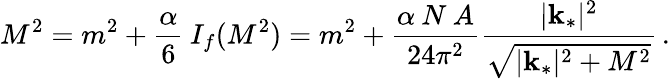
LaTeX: M^{2}=m^{2}+\frac{\alpha}{6}\: I_{f}(M^{2})=m^{2}+\frac{\alpha\: N\: A}{24\pi^{2}}\frac{|{\mathbf k}_{*}|^{2}}{\sqrt{|{\mathbf k}_{*}|^{2}+M^{2}}}\, .